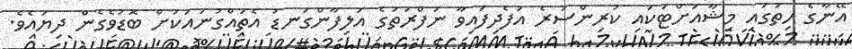
އޭނާގެ ހިތުގައި މިޝާއަށްޓަކައި ކުރިންސުރެ އުފެދިފައިވާ ނަފްރަތުގެ އަލިފާންގަނޑު އެތައްގުނައަކަށް ބޮޑުވެގެން ދިޔައެވެ.